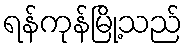
ရန်ကုန်မြို့သည်